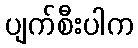
ပျက်စီးပါက